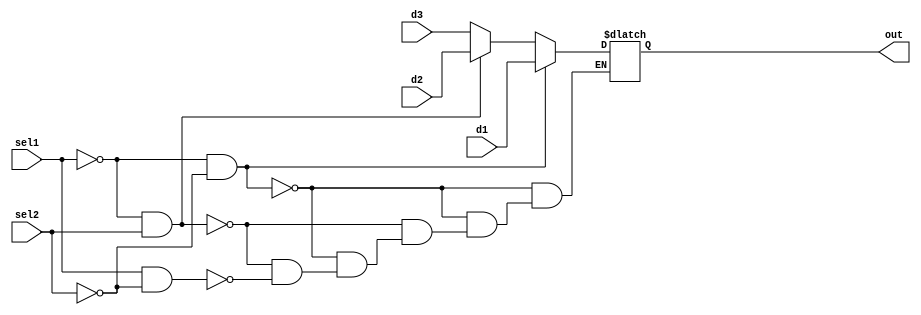
`timescale 1ns / 1ps
//////////////////////////////////////////////////////////////////////////////////
// Company: 
// Engineer: 
// 
// Design Name: 
// Module Name: mux412sel
// Project Name: 
// Target Devices: 
// Tool Versions: 
// Description: 
// 
// Dependencies: 
// 
// Revision:
// Revision 0.01 - File Created
// Additional Comments:
// 
//////////////////////////////////////////////////////////////////////////////////


module mux412sel(d1,d2,d3,/*d4*/sel1, sel2, out);
    input [31:0] d1;
    input [31:0] d2;
    input [31:0] d3;
    //input [31:0] d4;
    input sel1, sel2; 
    //input [1:0] sel;
    
    output reg [31:0] out;
    
always@ (d1, d2, d3, sel1, sel2)
begin
    if (sel1 == 0 && sel2 == 0)//00
        out = d1;
    else if (sel1 ==0 && sel2 == 1)//01
        out = d2;
    else if (sel1 == 1 && sel2 == 0)//10
        out = d3;
    /*else if (sel1 == 1 && sel2 == 1)//11
        out = d4;*/
    end
endmodule